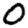
Digit: 0